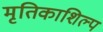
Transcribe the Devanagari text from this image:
मृतिकाशिल्प